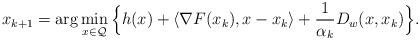
LaTeX: \begin{align*}x_{k+1}=\arg\min_{x\in \mathcal{Q}}\Big\{h(x)+\langle \nabla F(x_k), x-x_k\rangle+ \frac{1}{\alpha_k}D_w(x,x_k)\Big\}.\end{align*}